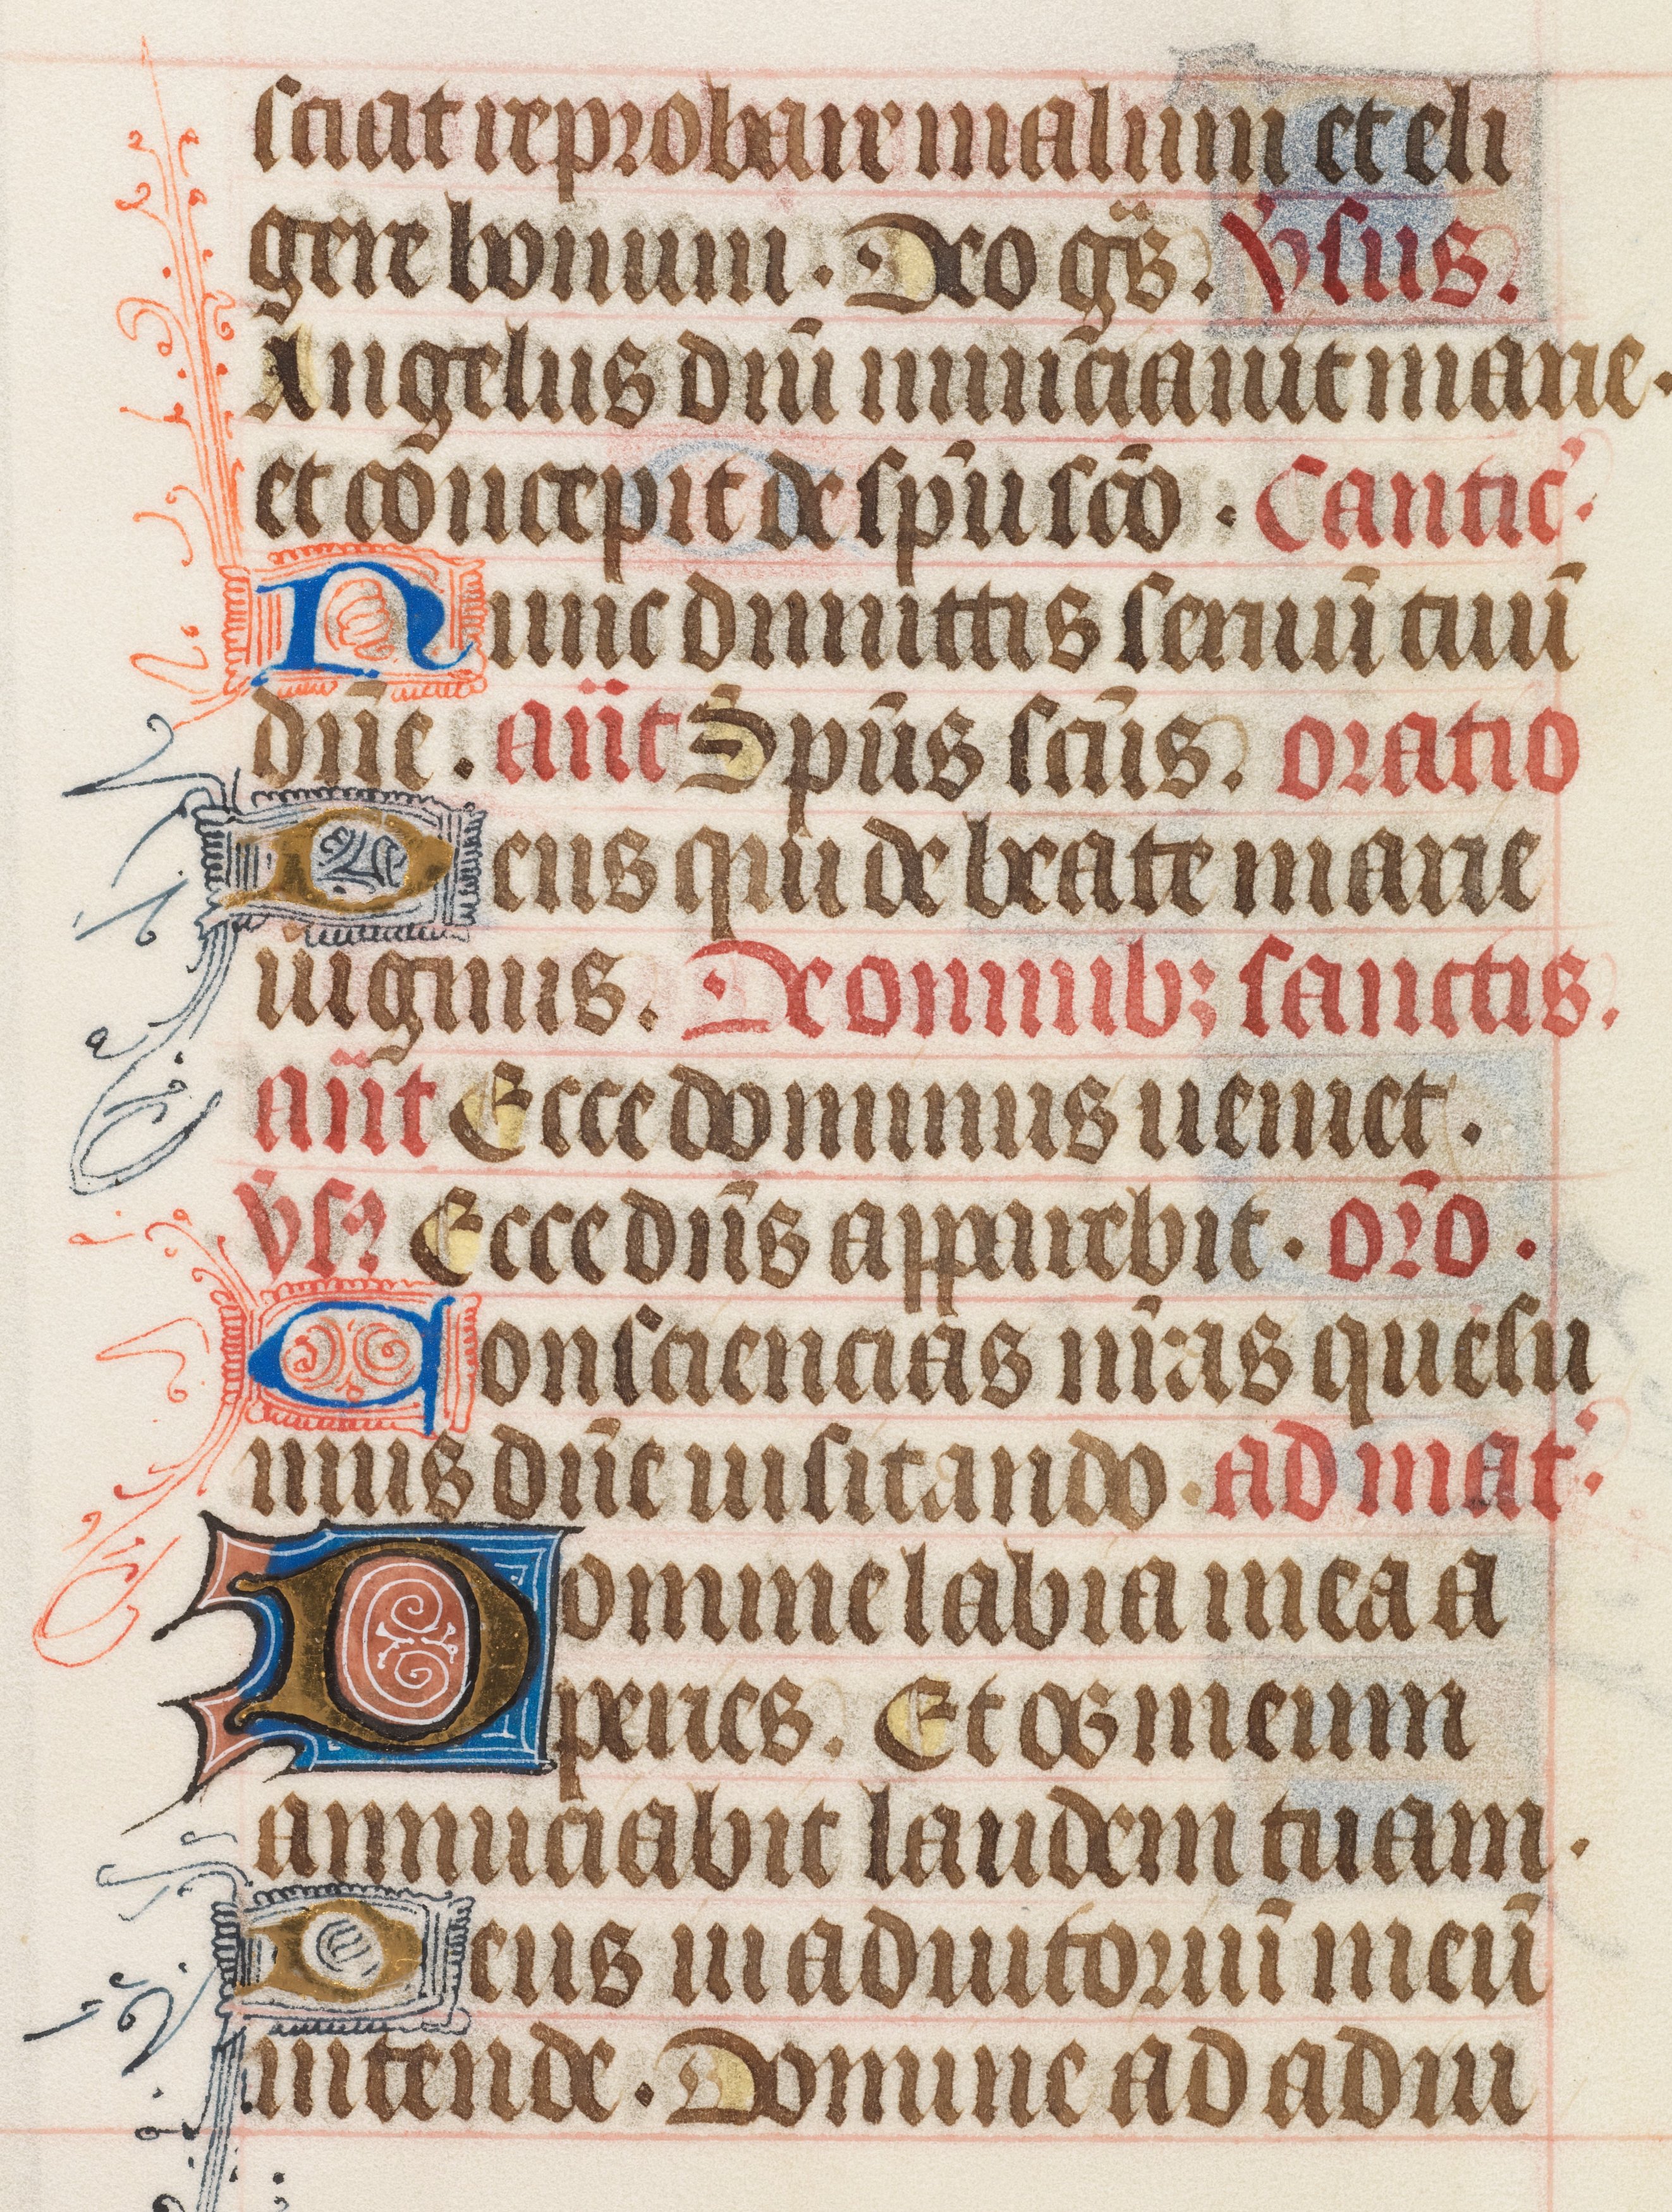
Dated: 1425–1465